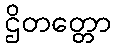
ဌိတတ္တော